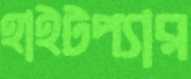
হাইটপ্যার